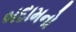
બદામનો